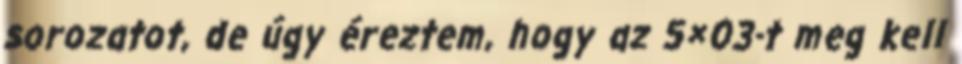
sorozatot, de úgy éreztem, hogy az 5×03-t meg kell